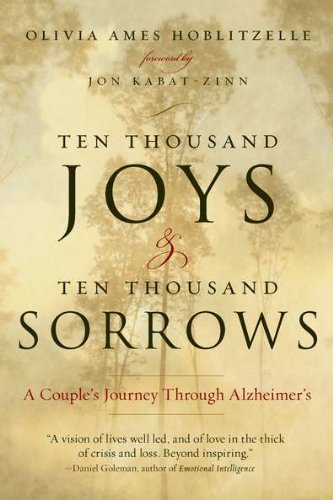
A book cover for Ten Thousand Joys & Ten Thousand Sorrows: A Couple's Journey Through Alzheimer's; Olivia Ames Hoblitzelle; Health, Fitness & Dieting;